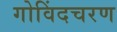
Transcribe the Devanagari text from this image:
गोविंदचरण